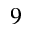
^ 9